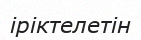
іріктелетін